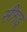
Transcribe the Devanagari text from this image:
सीगड्